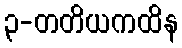
၃-တတိယကထိန